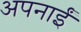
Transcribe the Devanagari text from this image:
अपनाईं